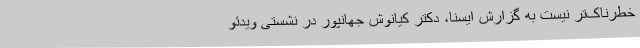
خطرناک‌تر نیست به گزارش ایسنا، دکتر کیانوش جهانپور در نشستی ویدئو